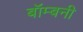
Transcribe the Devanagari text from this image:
बॉम्बनी